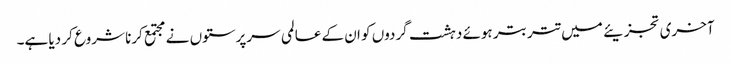
آخری تجزیئے میں تتر بتر ہوئے دہشت گردوں کو ان کے عالمی سرپرستوں نے مجتمع کرنا شروع کر دیا ہے۔